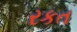
રકત